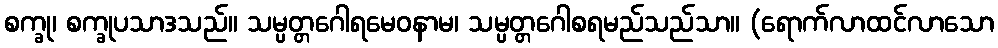
စက္ခု၊ စက္ခုပသာဒသည်။ သမ္ပတ္တဂေါရမေဝနာမ၊ သမ္ပတ္တဂေါစရမည်သည်သာ။ (ရောက်လာထင်လာသော